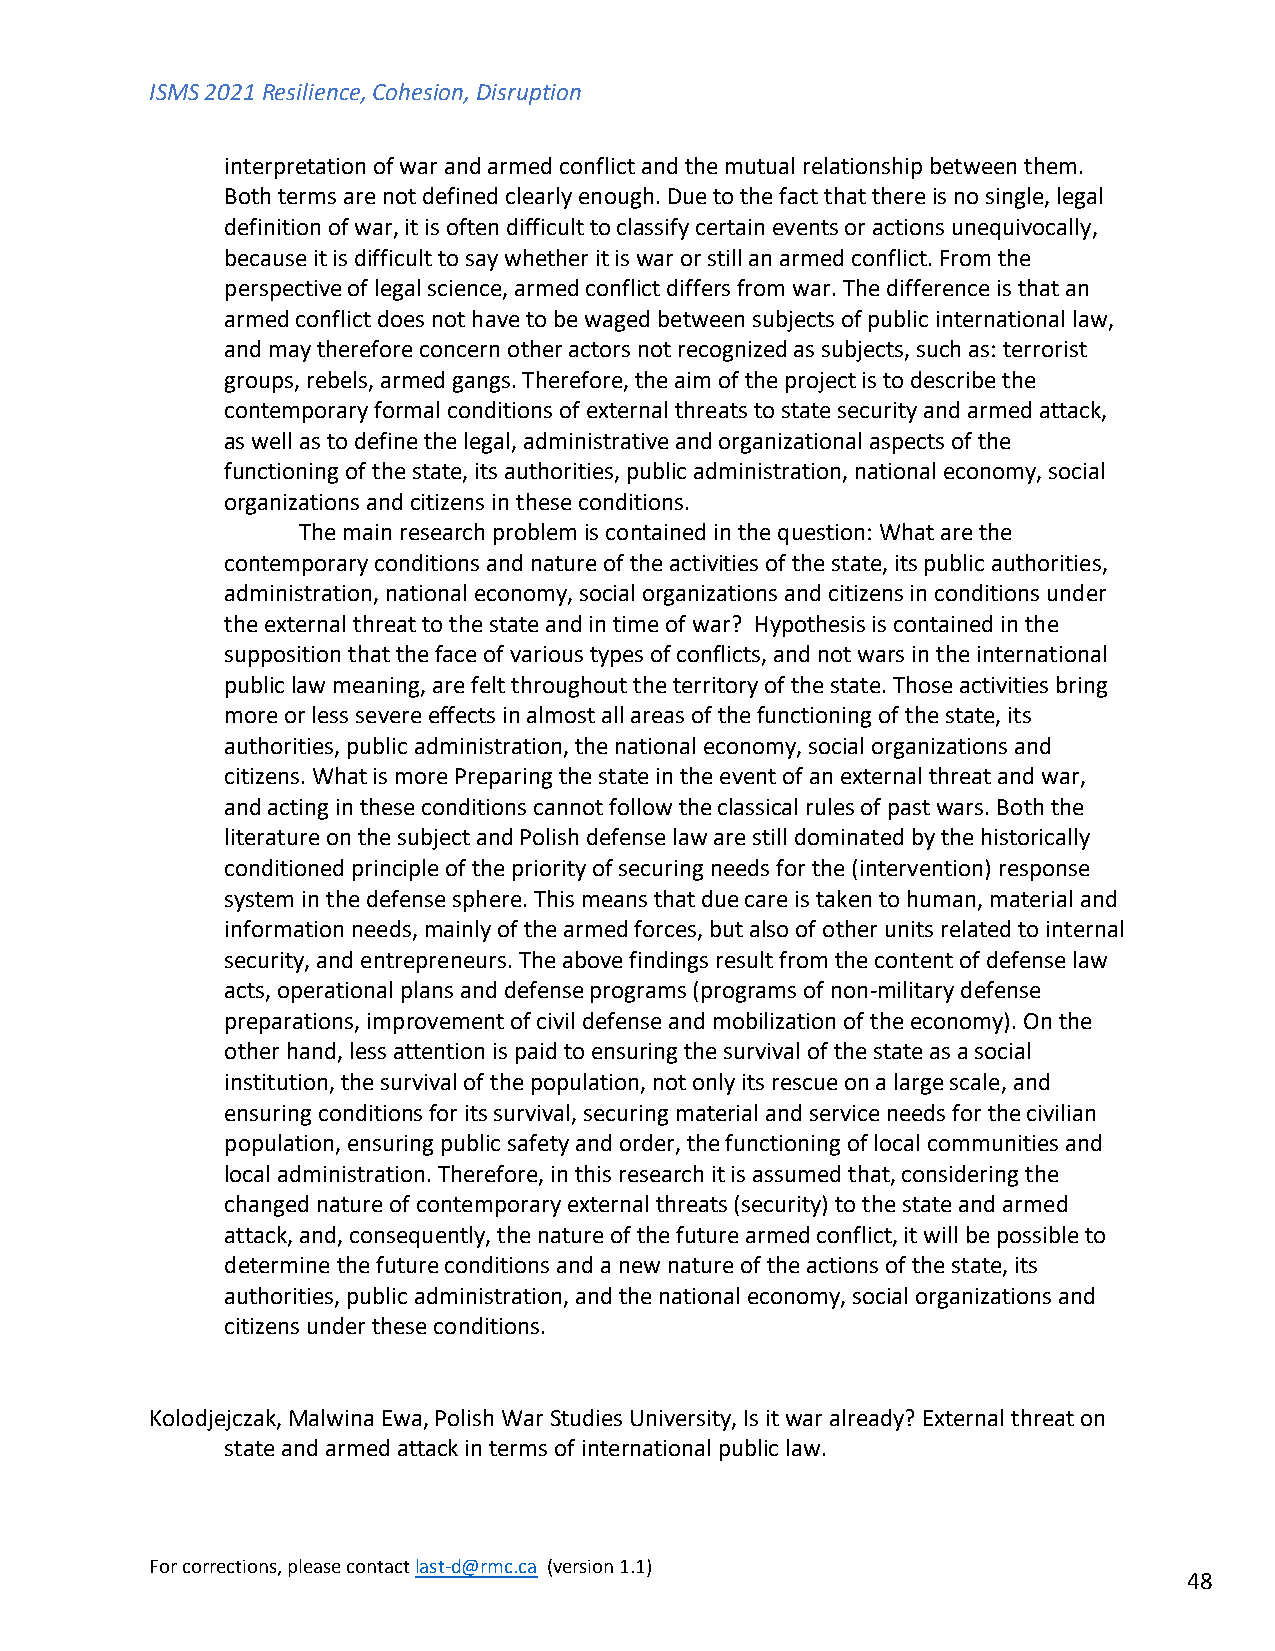
ISMS 2021 Resilience, Cohesion, Disruption
 interpretation of war and armed conflict and the mutual relationship between them.
 Both terms are not defined clearly enough. Due to the fact that there is no single, legal
 definition of war, it is often difficult to classify certain events or actions unequivocally,
 because it is difficult to say whether it is war or still an armed conflict. From the
 perspective of legal science, armed conflict differs from war. The difference is that an
 armed conflict does not have to be waged between subjects of public international law,
 and may therefore concern other actors not recognized as subjects, such as: terrorist
 groups, rebels, armed gangs. Therefore, the aim of the project is to describe the
 contemporary formal conditions of external threats to state security and armed attack,
 as well as to define the legal, administrative and organizational aspects of the
 functioning of the state, its authorities, public administration, national economy, social
 organizations and citizens in these conditions.
 The main research problem is contained in the question: What are the
 contemporary conditions and nature of the activities of the state, its public authorities,
 administration, national economy, social organizations and citizens in conditions under
 the external threat to the state and in time of war? Hypothesis is contained in the
 supposition that the face of various types of conflicts, and not wars in the international
 public law meaning, are felt throughout the territory of the state. Those activities bring
 more or less severe effects in almost all areas of the functioning of the state, its
 authorities, public administration, the national economy, social organizations and
 citizens. What is more Preparing the state in the event of an external threat and war,
 and acting in these conditions cannot follow the classical rules of past wars. Both the
 literature on the subject and Polish defense law are still dominated by the historically
 conditioned principle of the priority of securing needs for the (intervention) response
 system in the defense sphere. This means that due care is taken to human, material and
 information needs, mainly of the armed forces, but also of other units related to internal
 security, and entrepreneurs. The above findings result from the content of defense law
 acts, operational plans and defense programs (programs of non-military defense
 preparations, improvement of civil defense and mobilization of the economy). On the
 other hand, less attention is paid to ensuring the survival of the state as a social
 institution, the survival of the population, not only its rescue on a large scale, and
 ensuring conditions for its survival, securing material and service needs for the civilian
 population, ensuring public safety and order, the functioning of local communities and
 local administration. Therefore, in this research it is assumed that, considering the
 changed nature of contemporary external threats (security) to the state and armed
 attack, and, consequently, the nature of the future armed conflict, it will be possible to
 determine the future conditions and a new nature of the actions of the state, its
 authorities, public administration, and the national economy, social organizations and
 citizens under these conditions.
 Kolodjejczak, Malwina Ewa, Polish War Studies University, Is it war already? External threat on
 state and armed attack in terms of international public law.
 For corrections, please contact last-d@rmc.ca (version 1.1)
 48